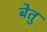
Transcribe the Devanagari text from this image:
बेतु